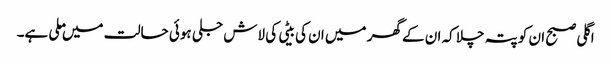
اگلی صبح ان کو پتہ چلا کہ ان کے گھر میں ان کی بیٹی کی لاش جلی ہوئی حالت میں ملی ہے۔